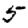
Digit: 5